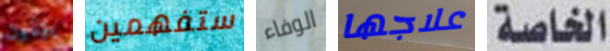
يؤذون ستفهمين الوفاء علاجها الخاصة